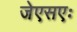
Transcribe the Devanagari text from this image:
जेएसएः